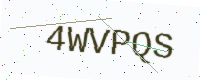
Text: 4WVPQS